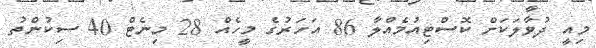
މިއީ ދުވާލަކަށް ކޮސްޓިއުމެއްލާ 86 އަހަރުގެ މީހެއް 28 މިނެޓް 40 ސިކުންތު